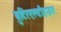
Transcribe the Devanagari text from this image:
बुटिरएल्डीहाइड